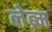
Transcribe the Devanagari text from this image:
लेब्र्म